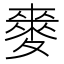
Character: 𮭻